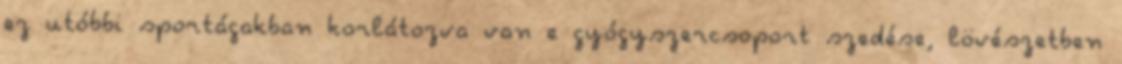
ez utóbbi sportágakban korlátozva van e gyógyszercsoport szedése, lövészetben